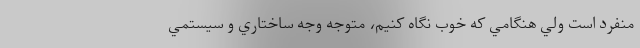
منفرد است ولي هنگامي كه خوب نگاه كنيم، متوجه وجه ساختاري و سيستمي